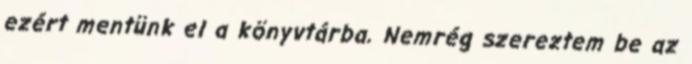
ezért mentünk el a könyvtárba. Nemrég szereztem be az